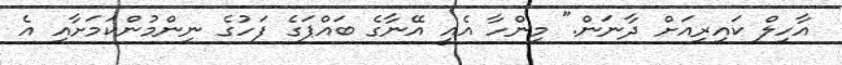
އާހިލް ކައިރިއަށް ދާނަން." މިންހާ އެއީ އޭނާގެ ބައްޕަގެ ފަހުގެ ނިންމުންކަމަށާއި އެ